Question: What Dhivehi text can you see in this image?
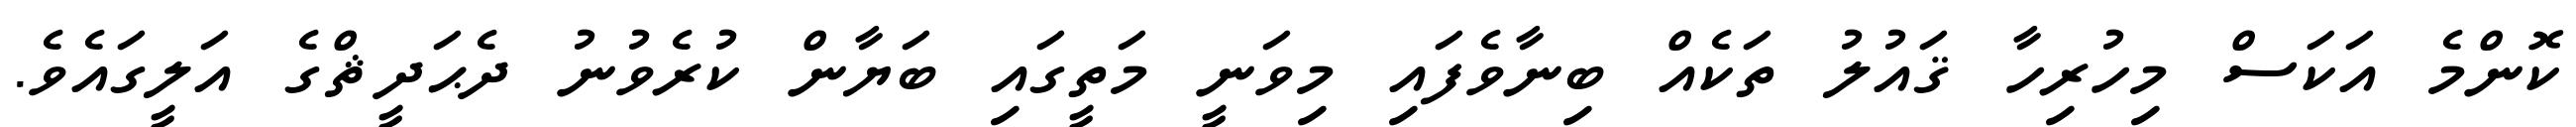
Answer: ކޮންމެ އަކަސް މިހުރިހާ ޤައުލު ތަކެއް ބިނާވެފައި މިވަނީ މަތީގައި ބަޔާން ކުރެވުނު ދެޙަދީޘްގެ އަލީގައެވެ.